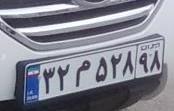
۳۲م۵۲۸۹۸